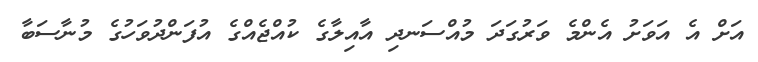
އަށް އެ އަވަށު އެންމެ ވަރުގަދަ މުއްސަނދި އާއިލާގެ ކުއްޖެއްގެ އުފަންދުވަހުގެ މުނާސަބާ